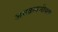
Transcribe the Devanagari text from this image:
अवक्रमणीयता